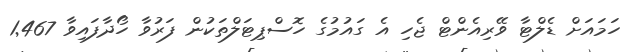
ހަމައަށް ޑެލްޓާ ވޭރިއެންޓް ޖެހި އެ ގައުމުގެ ހޮސްޕިޓަލްތަކުން ފަރުވާ ހޯދާފައިވާ 1